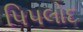
પિપલોદ